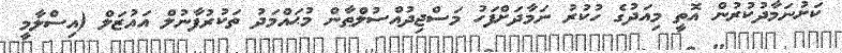
ކަށުނަމާދުކުރުން އޮތީ މިއަދުގެ ހުކުރު ނަމާދަށްފަހު މަސްޖިދުއްސުލްޠާން މުޙައްމަދު ތަކުރުފާނުލް އައުޒަލް (އިސްލާމީ